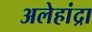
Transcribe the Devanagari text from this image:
अलेहांद्रा